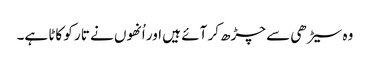
وہ سیڑھی سے چڑھ کر آئے ہیں اور اُنھوں نے تار کو کاٹا ہے۔